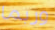
وربما